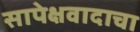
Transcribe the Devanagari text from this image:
सापेक्षवादाचा